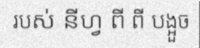
របស់ នីហ្វ ពី ពី បង្អួច